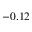
- 0 . 1 2